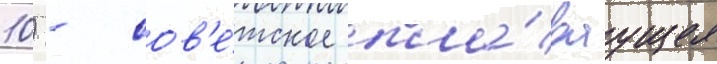
10) - сов'е́тское пла́ваущее